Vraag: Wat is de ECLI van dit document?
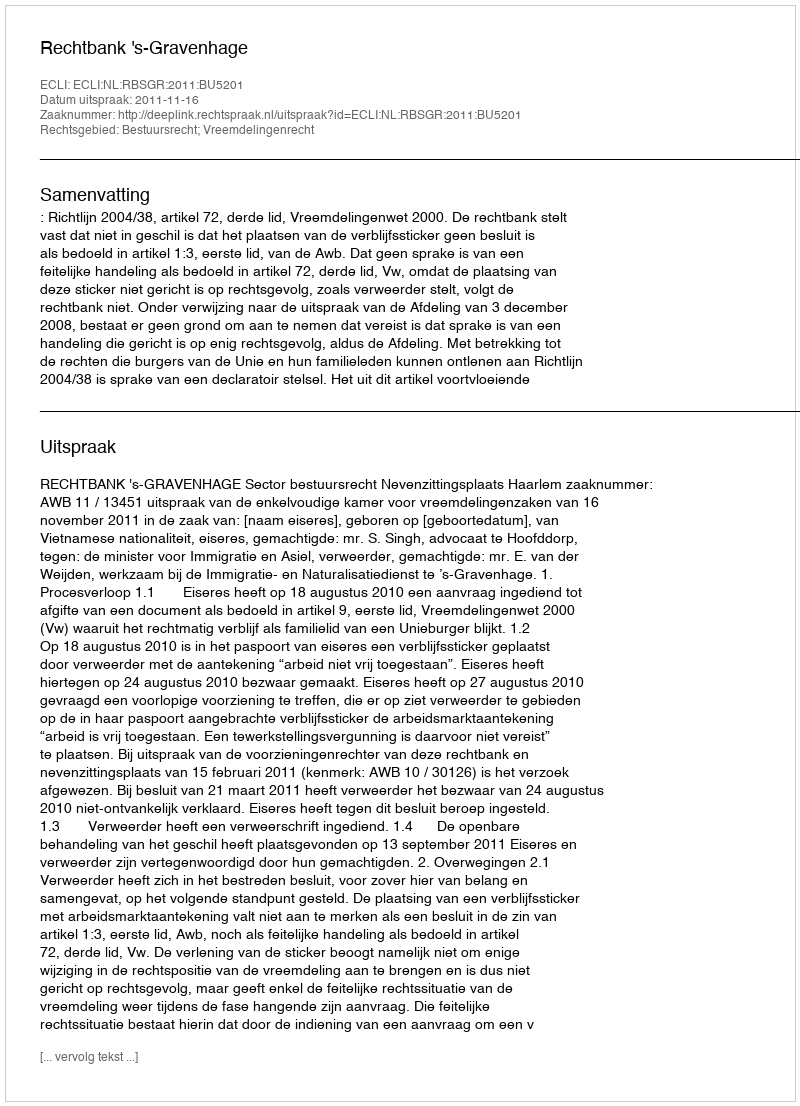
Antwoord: ECLI:NL:RBSGR:2011:BU5201